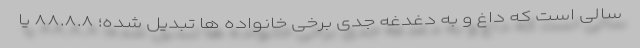
سالی است که داغ و به دغدغه جدی برخی خانواده ها تبدیل شده؛ ۸۸.۸.۸ یا